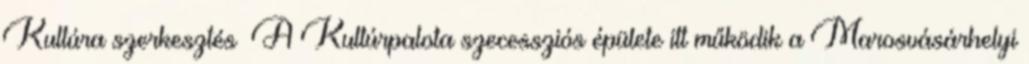
Kultúra szerkesztés A Kultúrpalota szecessziós épülete itt működik a Marosvásárhelyi